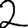
Digit: 2